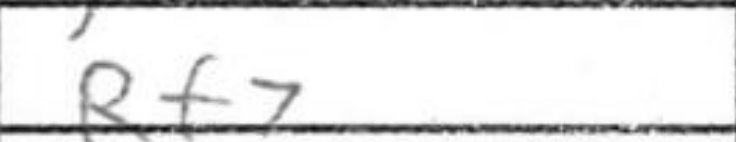
Transcription: Rf7